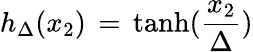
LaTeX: h_{\Delta}(x_{2})\, =\, \mathrm{tanh}(\frac{x_{2}}{\Delta})